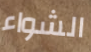
الشواء